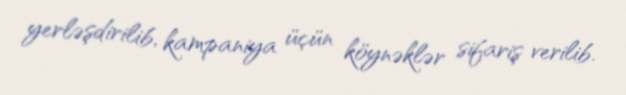
yerləşdirilib, kampaniya üçün köynəklər sifariş verilib.